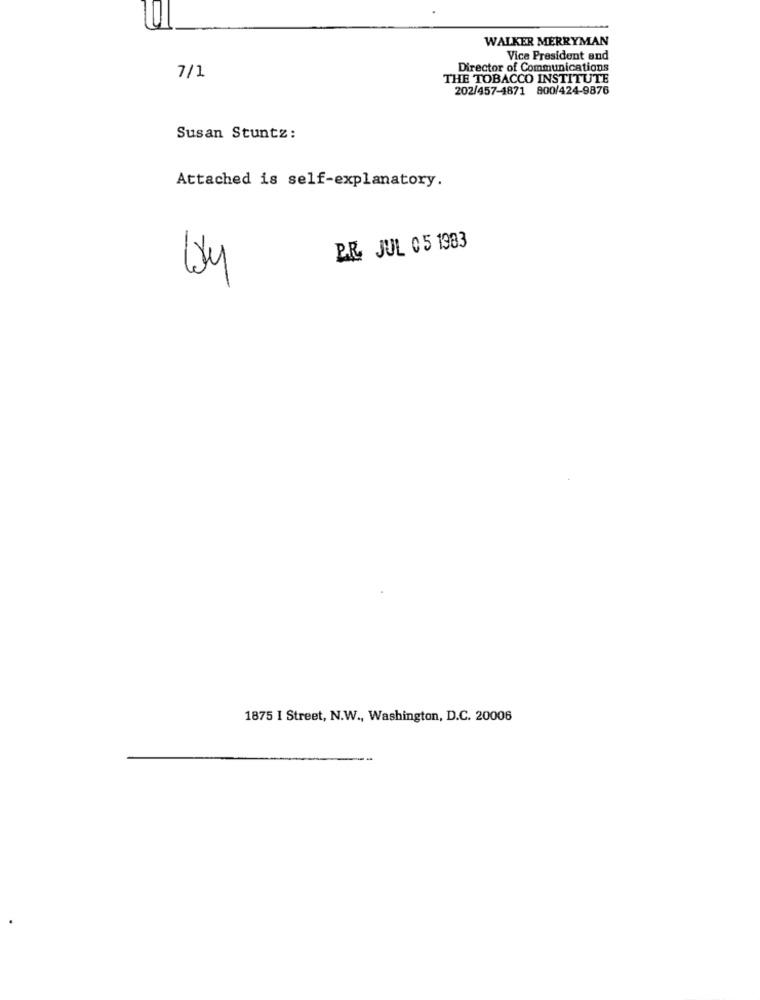
WALKER MERRYMAN
Vice President and
7/1
Director of Communications
THE TOBACCO INSTITUTE
202/457-4871 800/424-9876
Susan Stuntz:
Attached is self-explanatory.
B.R. JUL 05 1983
33
1875 I Street, N.W ., Washington, D.C. 20006